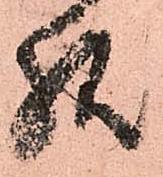
様